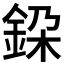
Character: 𨦃